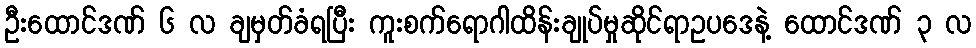
ဦးထောင်ဒဏ် ၆ လ ချမှတ်ခံရပြီး ကူးစက်ရောဂါထိန်းချုပ်မှုဆိုင်ရာဥပဒေနဲ့ ထောင်ဒဏ် ၃ လ